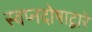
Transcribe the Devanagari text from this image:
स्वप्नदोषाद्वारे